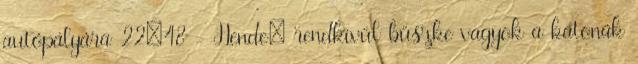
autópályára 22:48 - Hende: rendkívül büszke vagyok a katonák